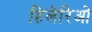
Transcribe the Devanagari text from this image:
हिलेरिओ